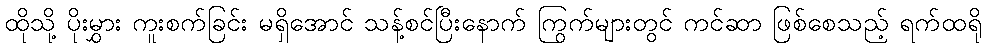
ထိုသို့ ပိုးမွှား ကူးစက်ခြင်း မရှိအောင် သန့်စင်ပြီးနောက် ကြွက်များတွင် ကင်ဆာ ဖြစ်စေသည့် ရက်ထရို